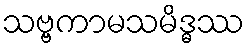
သဗ္ဗကာမသမိဒ္ဓဿ